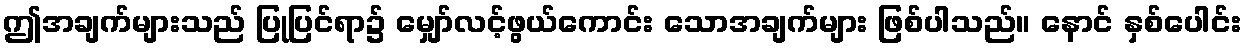
ဤအချက်များသည် ပြုပြင်ရာ၌ မျှော်လင့်ဖွယ်ကောင်း သောအချက်များ ဖြစ်ပါသည်။ နောင် နှစ်ပေါင်း